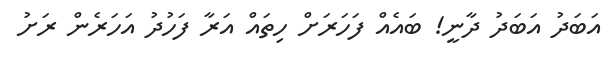
އަބަދު އަބަދު ދާނީ! ބައެއް ފަހަރަށް ހިތައް އަރާ ފަހުދު އަހަރެން ރަށު